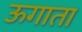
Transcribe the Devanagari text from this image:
ऊगाता